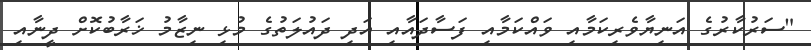
"ސަރުކާރުގެ އަނިޔާވެރިކަމާއި ވައްކަމާއި ފަސާދައާއި އަދި ދައުލަތުގެ މުޅި ނިޒާމު ޚަރާބުކޮށް ދީނާއި